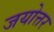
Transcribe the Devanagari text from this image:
जयोत्तर